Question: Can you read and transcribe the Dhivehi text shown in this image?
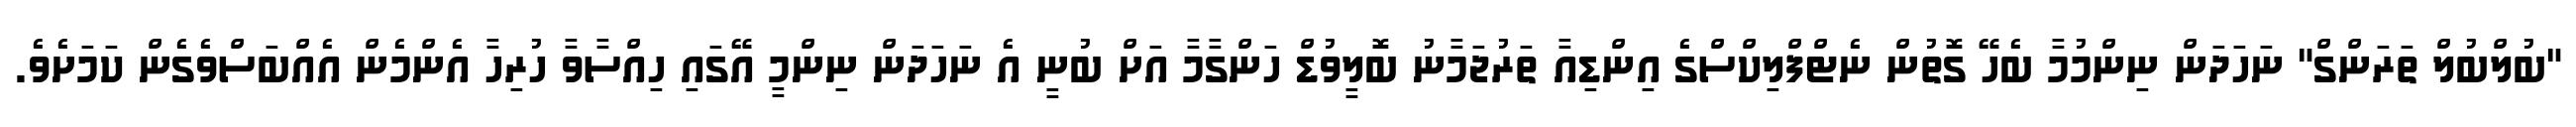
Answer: "ބުލްބުލް ތަރަންގް" ނަހަދަން ނިންމުމާ ބެހޭ ގޮތުން ނެޓްފްލިކްސްގެ އިންޑިއާ ތަރުޖަމާނު ބޮލީވުޑް ހަންގާމާ އަށް ބުނީ އެ ނަހަދަން ނިންމީ އޭގައި ހިއްސާވާ ހުރިހާ އެންމެން އެއްބަސްވެގެން ކަމަށެވެ.